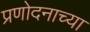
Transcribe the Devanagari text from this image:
प्रणोदनाच्या